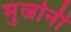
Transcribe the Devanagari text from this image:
मुल्रोनी